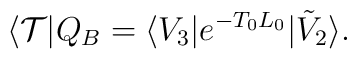
\langle \mathcal{T}| Q_B =  \langle V_3 | e^{-T_0 L_0} |\tilde{V}_2\rangle.